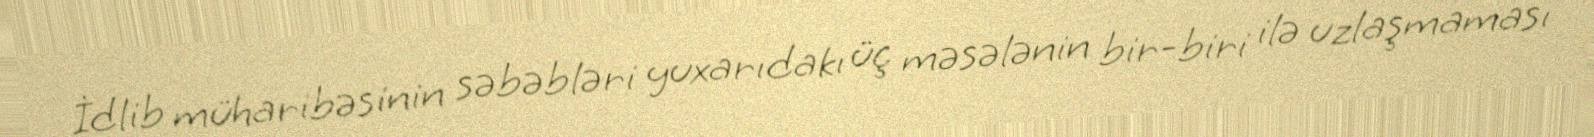
İdlib müharibəsinin səbəbləri yuxarıdakı üç məsələnin bir-biri ilə uzlaşmaması